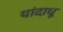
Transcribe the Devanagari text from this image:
यांदाधू